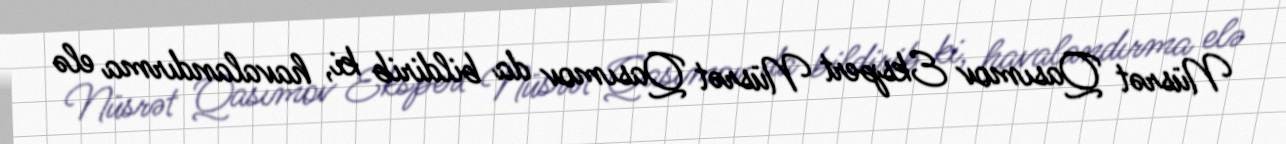
Nüsrət Qasımov Ekspert Nüsrət Qasımov da bildirib ki, havalandırma elə